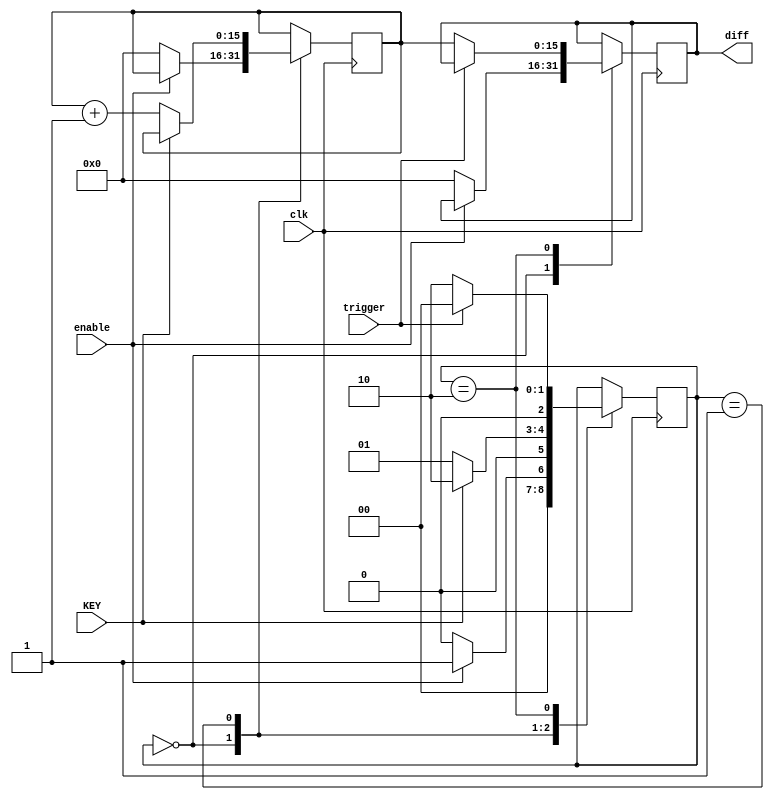
module reaction(enable,clk,KEY,diff,trigger);

input enable;
input clk;
input KEY;
input trigger;
output [15:0] diff;
reg [15:0] diff;
reg  [15:0] final;
reg [2:0]state;
initial state=2'b00;

always @(posedge clk)begin
	case(state)
	  2'b00:
		   if(enable==1)
		   state <= 2'b01;
		   else begin
		   state <= 2'b00;
		   final=15'b0;
			diff[15:0]=0;
			end
	  2'b01:
			if(KEY==0)begin
			final<= final+15'b1;
			state <=2'b01;end
			else
			state <=2'b10;
	  2'b10:
			if(trigger==1)
			state <= 2'b00;
			else begin
			state <= 2'b10;
			diff[15:0] <= final[15:0];end
			default:;
	endcase
	end
endmodule